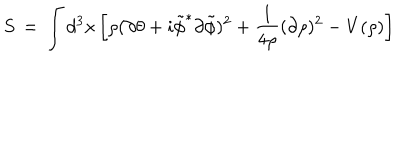
S \, = \, \int d ^ { 3 } x \left[ \rho ( \partial \theta + i { \tilde { \phi } } ^ { * } \partial { \tilde { \phi } } ) ^ { 2 } + \frac { 1 } { 4 \rho } ( \partial \rho ) ^ { 2 } - V ( \rho ) \right]